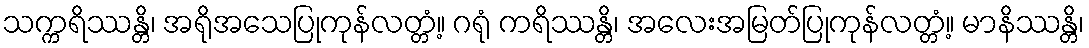
သက္ကရိဿန္တိ၊ အရိုအသေပြုကုန်လတ္တံ့။ ဂရုံ ကရိဿန္တိ၊ အလေးအမြတ်ပြုကုန်လတ္တံ့။ မာနိဿန္တိ၊